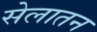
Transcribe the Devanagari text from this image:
सेलातन